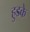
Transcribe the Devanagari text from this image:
हुडके